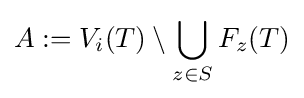
A:=V_{i}(T)\setminus \bigcup _{z\in S}F_{z}(T)